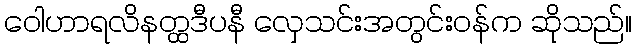
ဝေါဟာရလိနတ္ထဒီပနီ လှေသင်းအတွင်းဝန်က ဆိုသည်။